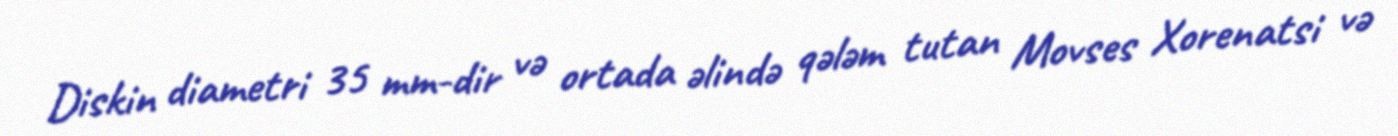
Diskin diametri 35 mm-dir və ortada əlində qələm tutan Movses Xorenatsi və